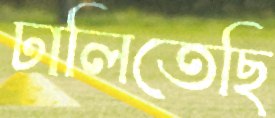
ঢালিতেছি